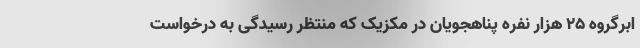
ابرگروه 25 هزار نفره پناهجویان در مکزیک که منتظر رسیدگی به درخواست